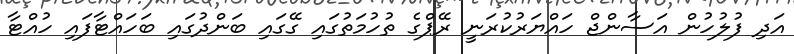
އަދި ފުލުހުން އަސާންޖް ހައްޔަރުކުރަނީ ރޭޕްގެ ތުހުމަތުގައި ގޭގައި ބަންދުގައި ބަހައްޓާފައި ހުއްޓާ